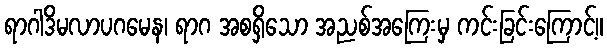
ရာဂါဒိမလာပဂမေန၊ ရာဂ အစရှိသော အညစ်အကြေးမှ ကင်းခြင်းကြောင့်။